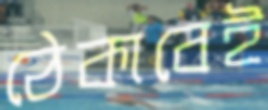
ঠেকাবেই